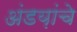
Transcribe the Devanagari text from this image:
अंडय़ांचे